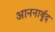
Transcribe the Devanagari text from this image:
आननार्बुद